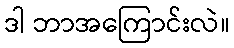
ဒါ ဘာအကြောင်းလဲ။